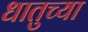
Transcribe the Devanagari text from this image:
धातुच्या